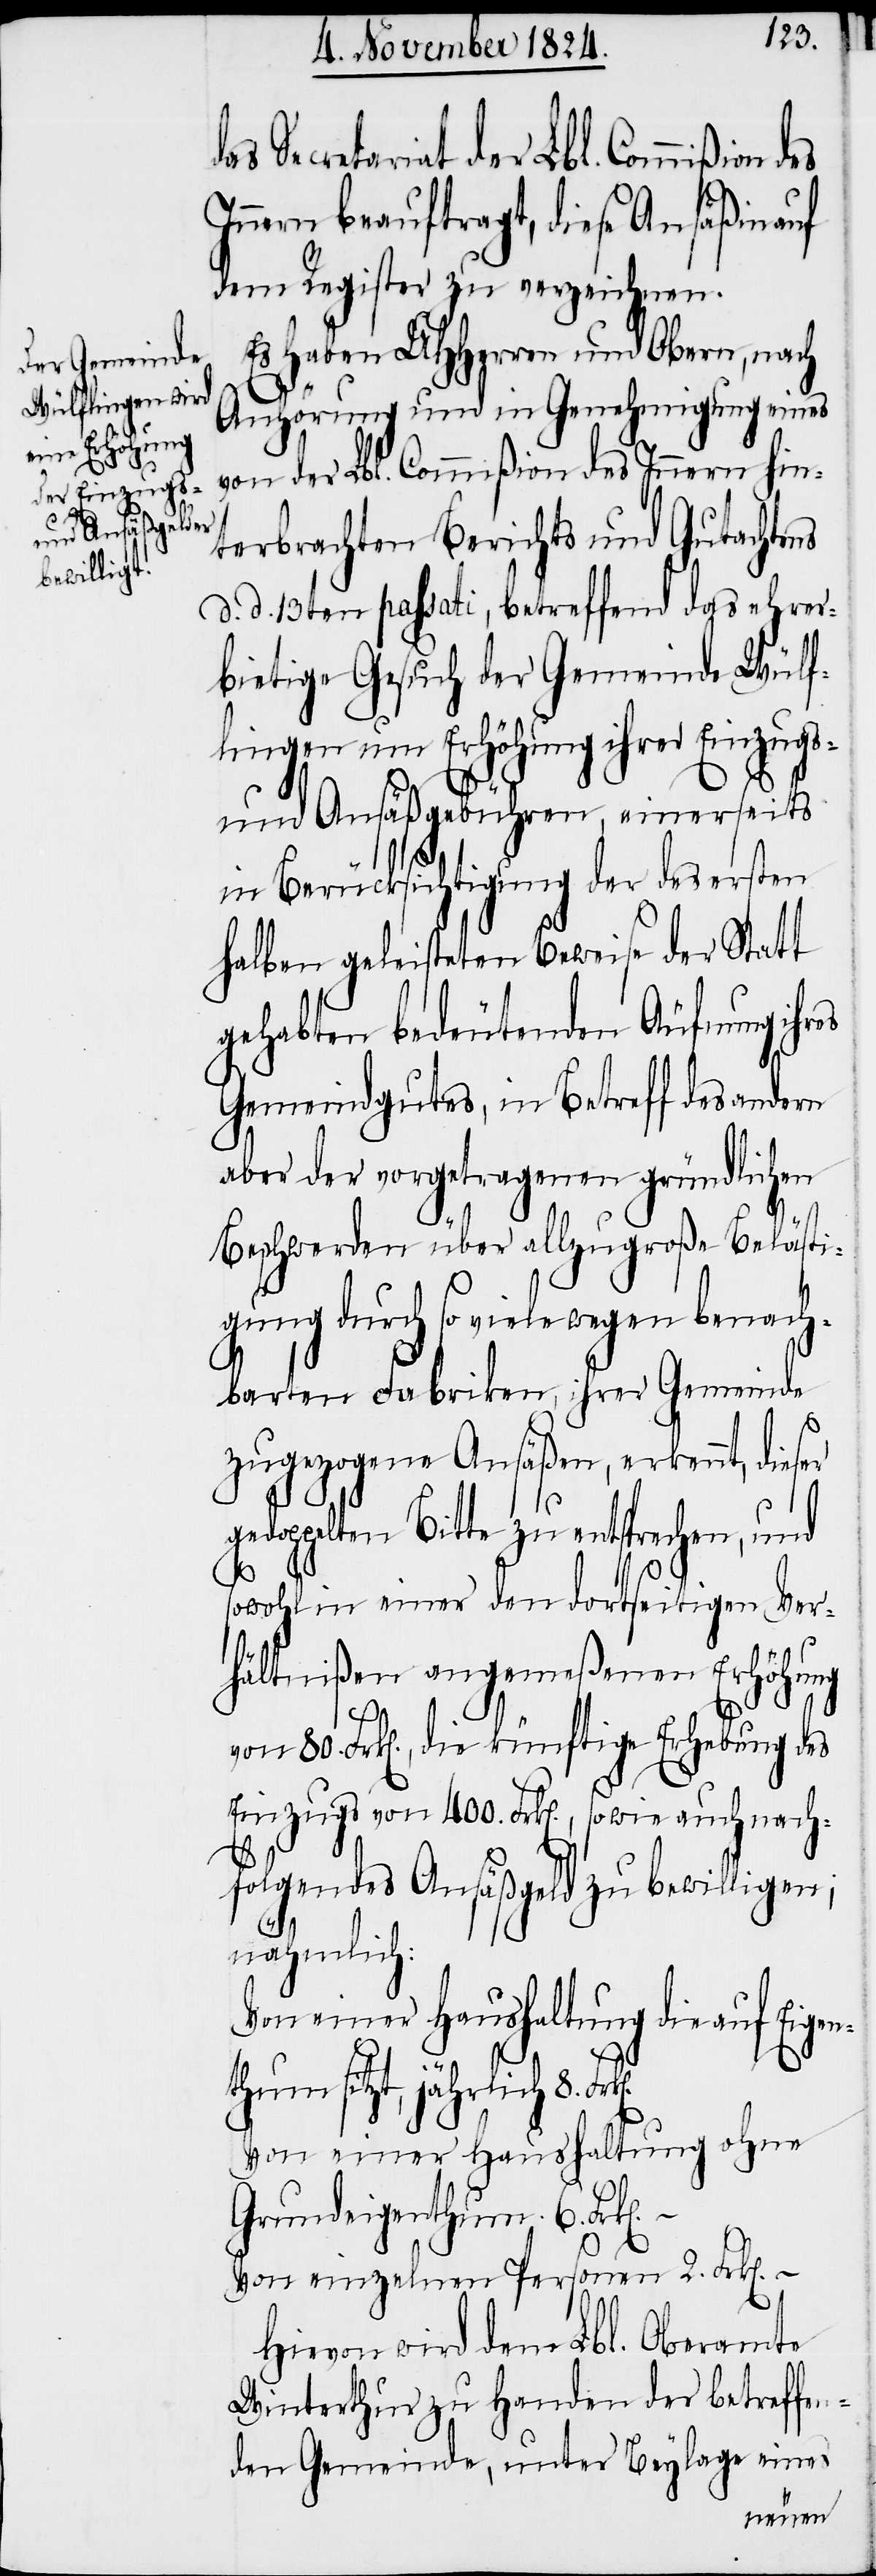
as Secretariat der Lbl. Commißion
Innern beauftragt, diese Ansäßin auf
dem Register zu verzeichnen.
Es haben UHHerren und Obern, nach
d¬
Anhörung und in Genehmigung eines
von der Lbl. Commißion des Innern hin¬
terbrachten Berichts und Gutachtens
d. d. 13ten passati, betreffend das ehrer¬
bietige Gesuch der Gemeinde Wülf¬
lingen um Erhöhung ihrer Einzugs-
und Ansäßgebühren, einerseits
in Berücksichtigung der des ersten
halben geleisteten Beweise der Statt
gehabten bedeutenden Äufnung ihres
Gemeindgutes, in Betreff des andern
aber der vorgetragenen gründlichen
Beschwerden über allzugroße Belästi¬
gung durch so viele wegen benach¬
barten Fabriken, ihrer Gemeinde
zugezogene Ansäßen, erkennt, dieser
gedoppelten Bitte zu entsprechen, und
sowohl in einer den dortseitigen Ver¬
hältnißen angemeßenen Erhöhung
80.
Frk[en]., die künftige Erhebung des
Einzugs von 400. Frk[en]., sowohl auch nach¬
folgendes Ansäßgeld zu bewilligen;
nähmlich:
Von einer Haushaltung die auf Eigen¬
thum sitzt, jährlich 	8.
Von einer Haushaltung ohne
Grundeigenthum			6.
Von einzelnen Personen				2. Frk[en]. –
Hievon wird dem Lbl. Oberamte
Winterthur zu Handen der betreffen¬
den Gemeinde, unter Beylage eines